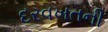
દરવખતની